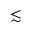
\lesssim